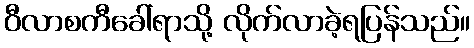
ဝီလာစကီခေါ်ရာသို့ လိုက်လာခဲ့ရပြန်သည်။